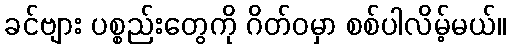
ခင်ဗျား ပစ္စည်းတွေကို ဂိတ်ဝမှာ စစ်ပါလိမ့်မယ်။